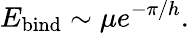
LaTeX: E_{\mathrm{bind}}\sim\mu e^{-\pi/h}.